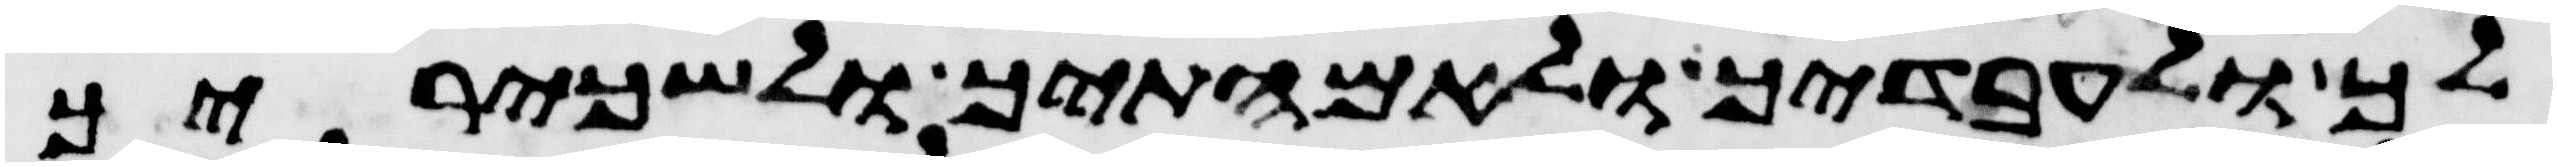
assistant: לך ולעבדיך ולאמתיך ולשכיריך